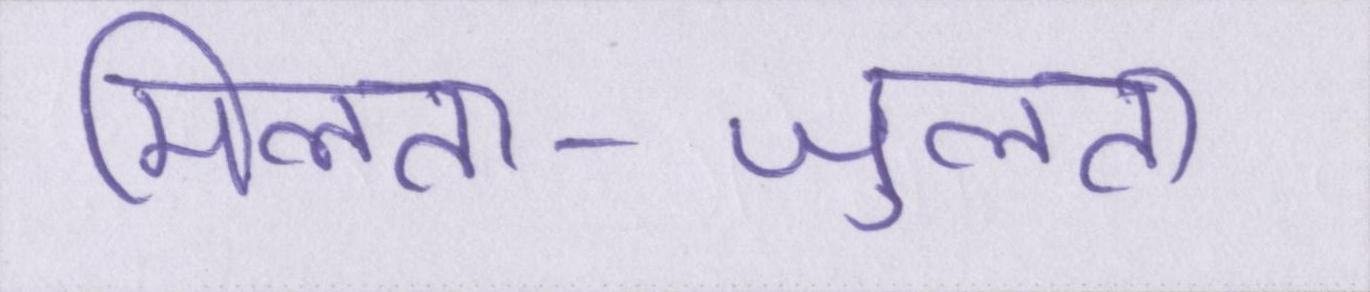
मिलता-जुलता